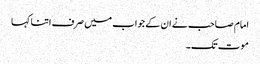
امام صاحب نے ان کے جواب میں صرف اتنا کہا
موت تک۔